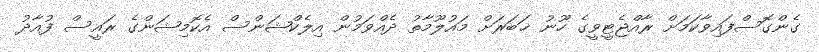
ގެންގޮސްފައިވާކަމަށް ރާއްޖެޓީވީގެ ހޫނު ޚަބަރަށް މައުލޫމާތު ދެއްވަމުން އިލެކްޝަންސް އެކޮމިޝަންގެ ރައީސް ފުއާދު